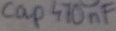
Text: cap470nF